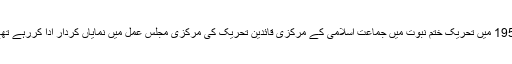
1953 میں تحریک ختم نبوت میں جماعت اسلامی کے مرکزی قائدین تحریک کی مرکزی مجلس عمل میں نمایاں کردار ادا کررہے تھے۔